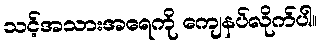
သင့်အသားအရေကို ကျေနပ်လိုက်ပါ။